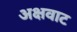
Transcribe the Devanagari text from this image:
अक्षवाट